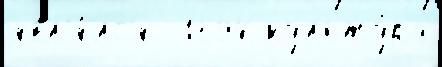
явл'я́лс'я  1694 культу́ра